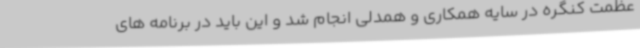
عظمت کنگره در سایه همکاری و همدلی انجام شد و این باید در برنامه های